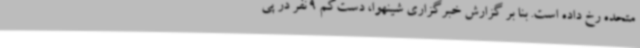
متحده رخ داده است. بنا بر گزارش خبرگزاری شینهوا، دست‌کم 9 نفر در پی